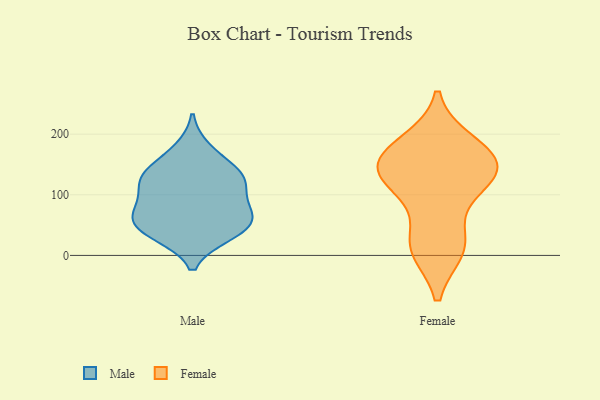
{"axis": {"x": "Tickets Resolved", "y": "Value"}, "legend": ["Female", "Male"], "data": [{"x": "", "y": 64, "type": "Male"}, {"x": "", "y": 34, "type": "Male"}, {"x": "", "y": 69, "type": "Male"}, {"x": "", "y": 119, "type": "Male"}, {"x": "", "y": 141, "type": "Male"}, {"x": "", "y": 118, "type": "Male"}, {"x": "", "y": 63, "type": "Male"}, {"x": "", "y": 80, "type": "Male"}, {"x": "", "y": 37, "type": "Male"}, {"x": "", "y": 175, "type": "Male"}, {"x": "", "y": 118, "type": "Male"}, {"x": "", "y": 42, "type": "Male"}, {"x": "", "y": 140, "type": "Male"}, {"x": "", "y": 156, "type": "Female"}, {"x": "", "y": 174, "type": "Female"}, {"x": "", "y": 156, "type": "Female"}, {"x": "", "y": 135, "type": "Female"}, {"x": "", "y": 21, "type": "Female"}, {"x": "", "y": 11, "type": "Female"}, {"x": "", "y": 135, "type": "Female"}, {"x": "", "y": 127, "type": "Female"}, {"x": "", "y": 185, "type": "Female"}, {"x": "", "y": 15, "type": "Female"}, {"x": "", "y": 107, "type": "Female"}]}